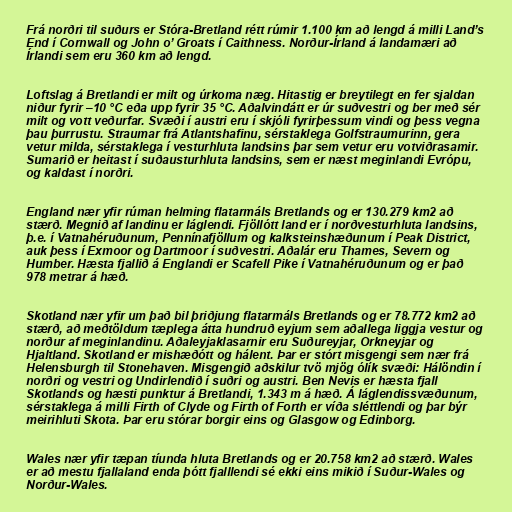
Frá norðri til suðurs er Stóra-Bretland rétt rúmir 1.100 km að lengd á milli Land’s
End í Cornwall og John o’ Groats í Caithness. Norður-Írland á landamæri að
Írlandi sem eru 360 km að lengd.

Loftslag á Bretlandi er milt og úrkoma næg. Hitastig er breytilegt en fer sjaldan
niður fyrir –10 °C eða upp fyrir 35 °C. Aðalvindátt er úr suðvestri og ber með sér
milt og vott veðurfar. Svæði í austri eru í skjóli fyrirþessum vindi og þess vegna
þau þurrustu. Straumar frá Atlantshafinu, sérstaklega Golfstraumurinn, gera
vetur milda, sérstaklega í vesturhluta landsins þar sem vetur eru votviðrasamir.
Sumarið er heitast í suðausturhluta landsins, sem er næst meginlandi Evrópu,
og kaldast í norðri.

England nær yfir rúman helming flatarmáls Bretlands og er 130.279 km2 að
stærð. Megnið af landinu er láglendi. Fjöllótt land er í norðvesturhluta landsins,
þ.e. í Vatnahéruðunum, Pennínafjöllum og kalksteinshæðunum í Peak District,
auk þess í Exmoor og Dartmoor í suðvestri. Aðalár eru Thames, Severn og
Humber. Hæsta fjallið á Englandi er Scafell Pike í Vatnahéruðunum og er það
978 metrar á hæð.

Skotland nær yfir um það bil þriðjung flatarmáls Bretlands og er 78.772 km2 að
stærð, að meðtöldum tæplega átta hundruð eyjum sem aðallega liggja vestur og
norður af meginlandinu. Aðaleyjaklasarnir eru Suðureyjar, Orkneyjar og
Hjaltland. Skotland er mishæðótt og hálent. Þar er stórt misgengi sem nær frá
Helensburgh til Stonehaven. Misgengið aðskilur tvö mjög ólík svæði: Hálöndin í
norðri og vestri og Undirlendið í suðri og austri. Ben Nevis er hæsta fjall
Skotlands og hæsti punktur á Bretlandi, 1.343 m á hæð. Á láglendissvæðunum,
sérstaklega á milli Firth of Clyde og Firth of Forth er víða sléttlendi og þar býr
meirihluti Skota. Þar eru stórar borgir eins og Glasgow og Edinborg.

Wales nær yfir tæpan tíunda hluta Bretlands og er 20.758 km2 að stærð. Wales
er að mestu fjallaland enda þótt fjalllendi sé ekki eins mikið í Suður-Wales og
Norður-Wales.